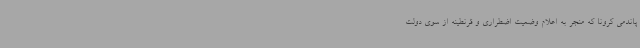
پاندمی کرونا که منجر به اعلام وضعیت اضطراری و قرنطینه از سوی دولت